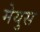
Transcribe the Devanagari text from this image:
मेयुस